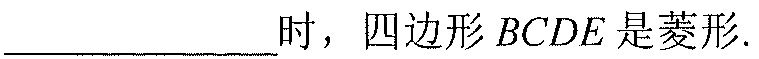
\underline{\qquad\qquad}时，四边形\(BCDE\)是菱形.